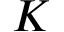
K